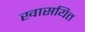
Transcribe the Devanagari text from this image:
खासयित